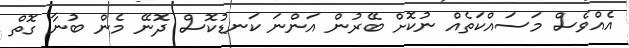
އެއްވެސް މަސައްކަތެއް ނުކޮށް ބޭރުން އަންނަ ކަނޑުކޮސް ދޮނޭ މެން ބުނާ ގޮތް